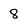
Character: 8